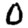
Digit: 0